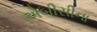
એબીસીના